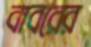
বাবরের